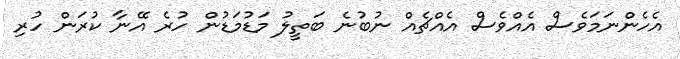
އެހެންނަމަވެސް އެއްވެސް އެއްޗެއް ނުބުނެ ބަތީލު މަޑުމަޑުން ހުރެ އޭނާ ކުރަން ހުރި